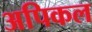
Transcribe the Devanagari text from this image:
अपिकल